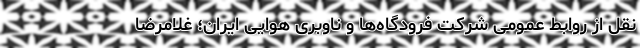
نقل از روابط عمومی شرکت فرودگاه‌ها و ناوبری هوایی ایران؛ غلامرضا